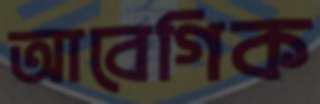
আবেগিক